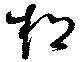
松